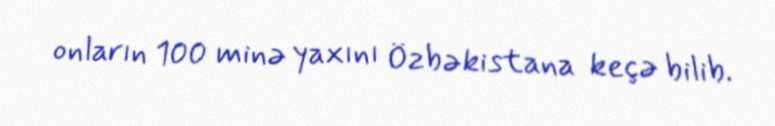
onların 100 minə yaxını Özbəkistana keçə bilib.